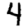
Digit: 4